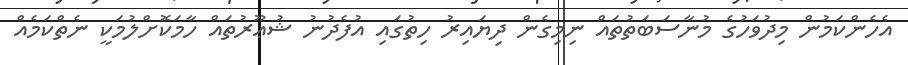
އެހެންކަމުން މިދުވަހުގެ މުނާސަބަތުތައް ނިމިގެން ދިޔައިރު ހިތުގައި އުފެދުނު ޝުޢޫރުތައް ހާމަކޮށްލުމަކީ ނެތްކަމެއް